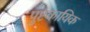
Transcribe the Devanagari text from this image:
पुष्टकायिक